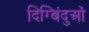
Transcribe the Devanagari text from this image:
दिग्बिंदुओं